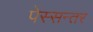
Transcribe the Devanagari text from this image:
पेस्सन्तर